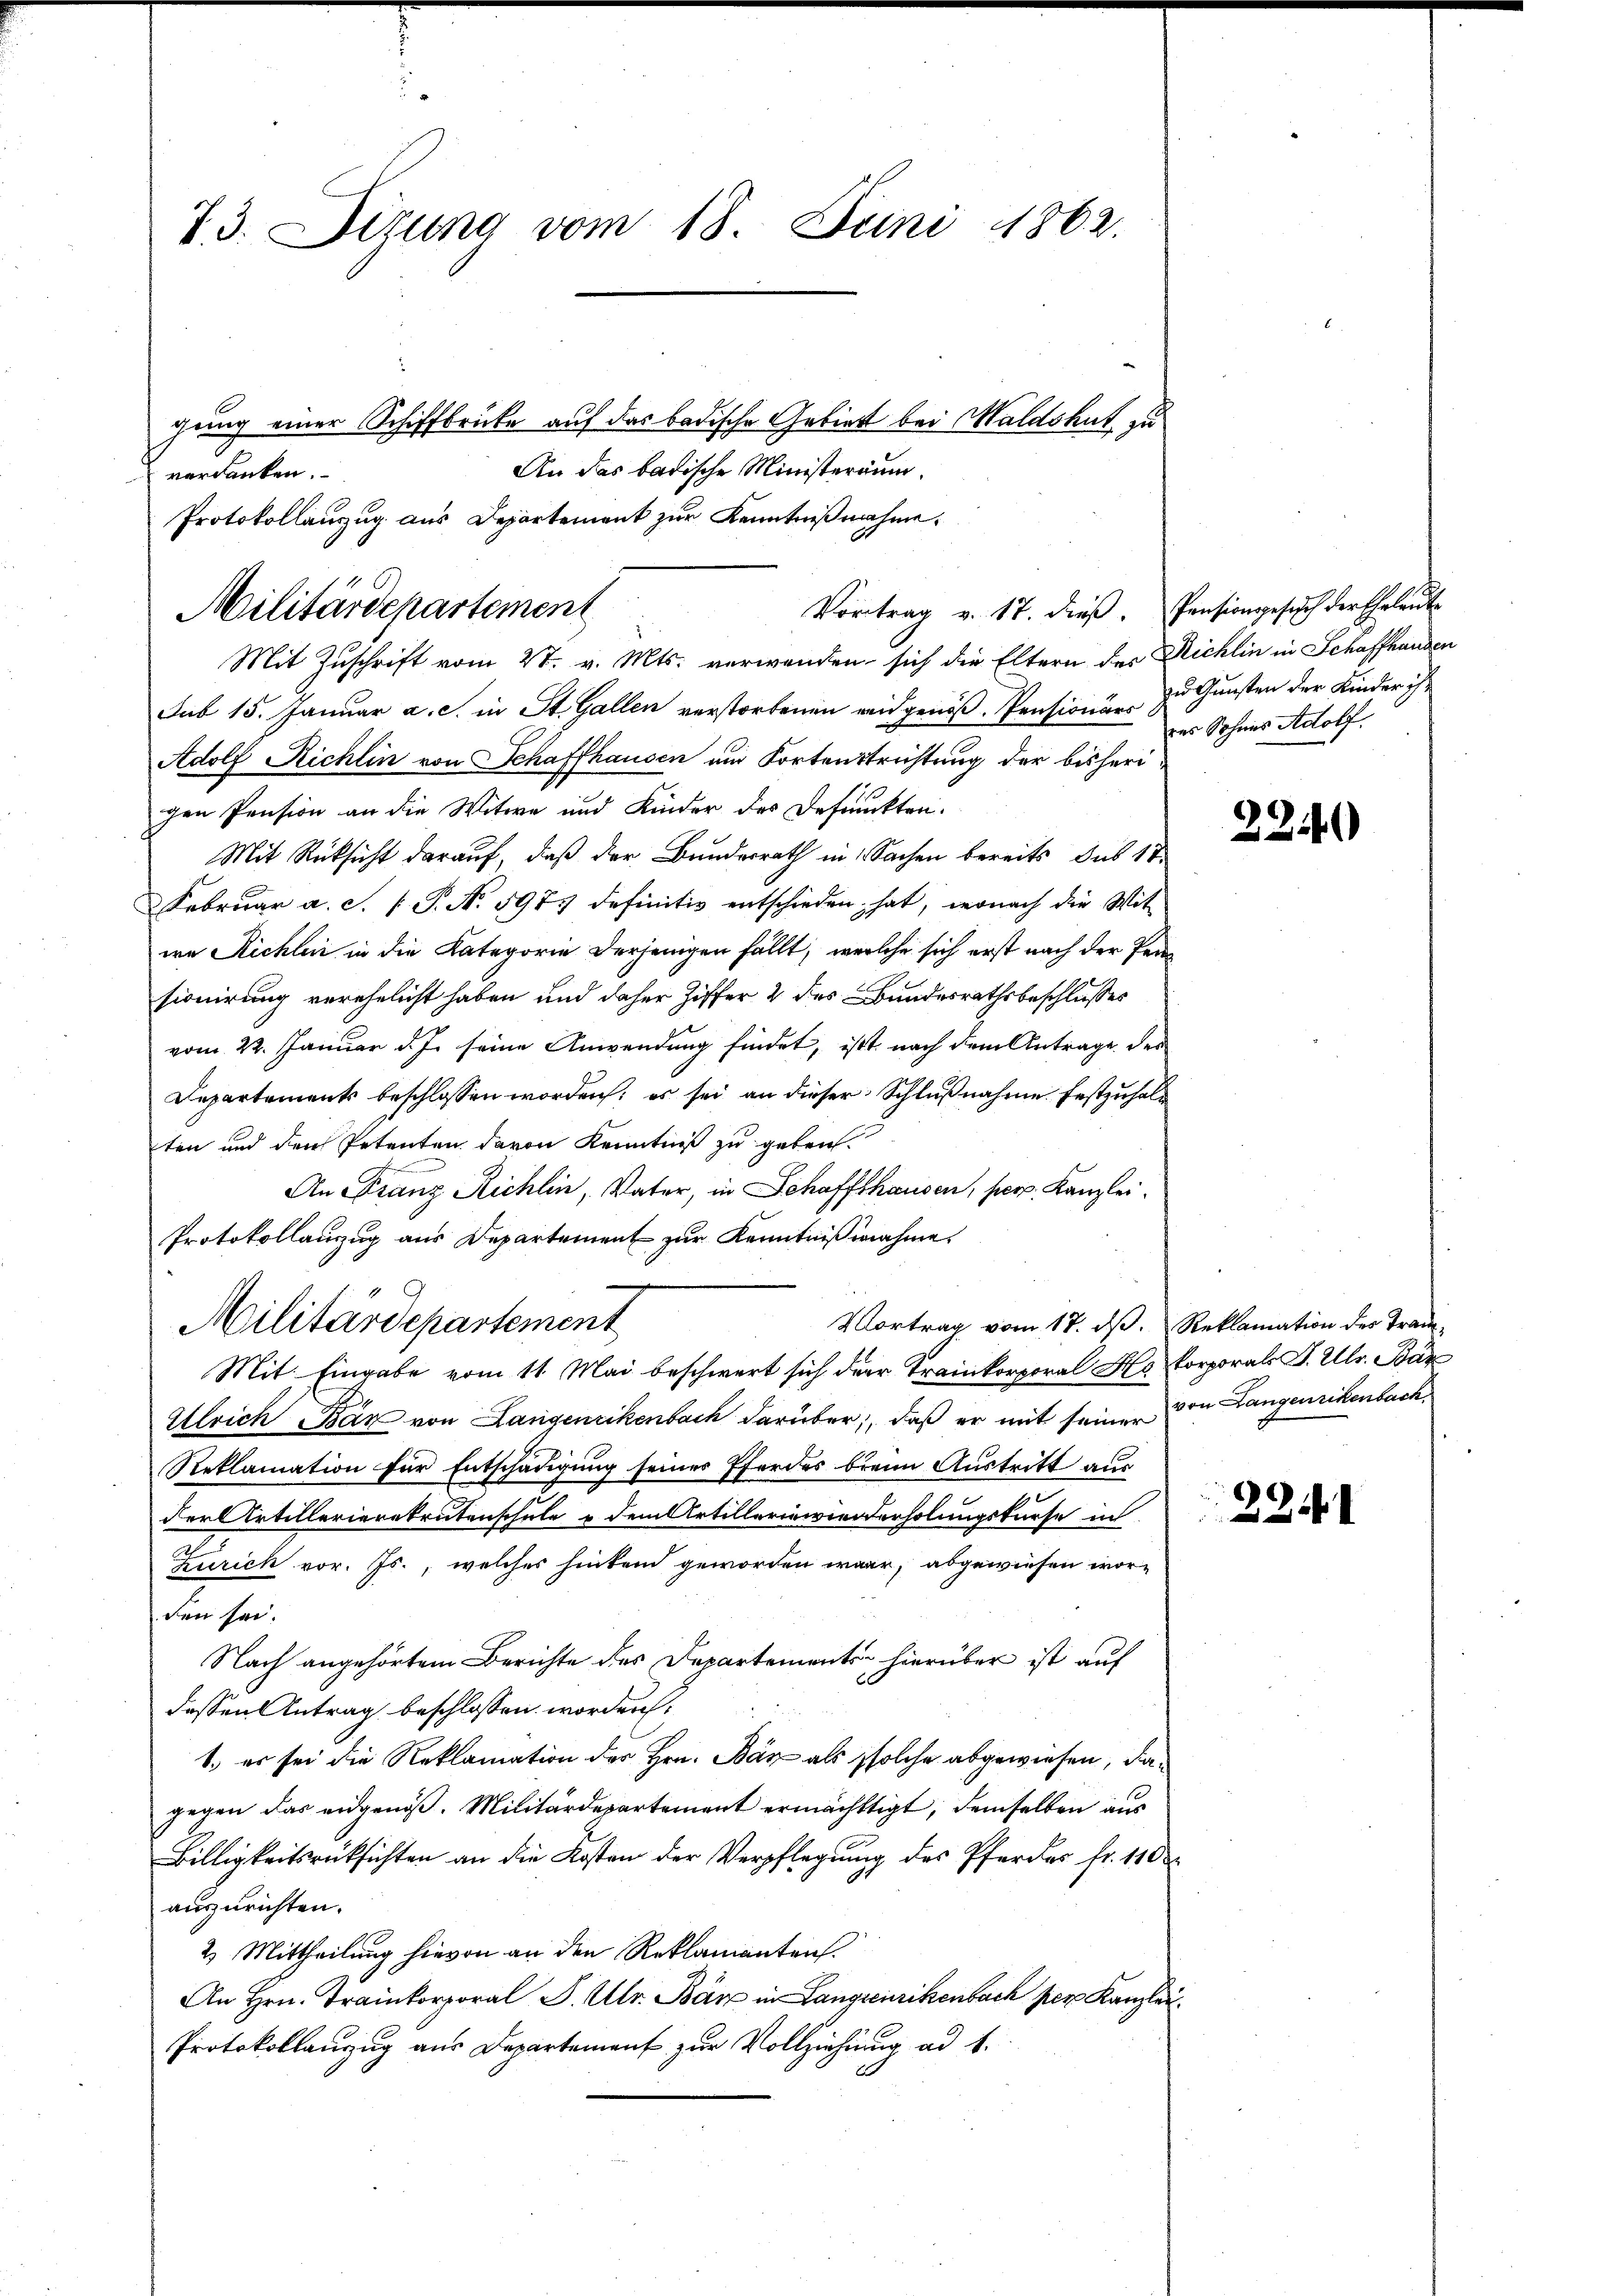
T. 3. Sizung vom 18. Juni 1862.

Vortrag v. 17. dieβ. Pensionsgesŭch der Eheleut-
Militärdepartement

gung einer Schiffbrücke auf das badische Gebiert bei Waldshut, zu
An das badische Ministeraum.
verdanken.
Protokollanzug aus Departement zur Kenntnißnahme,
Mit Zuschrift vom 27. v. Mts. verwenden sich die Eltern der Richlin in Schaffhanden
Sub 15. Januar a. c. in St. Gallen verstorbenen weidgenöß. Pensionärs
Adolf Richlin von Schaffhausen um Fortenstrichtung der bisherigen Pension an die Witwe und Kinder des Befunckten.
Mit Rücksicht darauf, daß der Bunderrath in Sachen bereits das 17
Februar a. c. (T. No. 597 definitiv entschieden hat, wonach die Witwe Richten in die Kategorie derjenigen fällt, welche sich erst nach der Persionirung verehelicht haben und daher Ziffer 2 des Bundesrathsbeschlusses
vom 22. Januar d. J. seine Anwendung findet, ist nach dem Antrage des
Departements beschlossen worden; es sei an dieser Schlußnahme festzuhalten und den Petenten davon Kenntniß zu geben.
An Franz Richlin, Vater, in Schaffthausen, perp. Kanzlei
Protokollauszug aus Departement zur Kenntnißnahme
Vortrag vom 17. dβ. Reklamation der Tradi-
Militärdepartement
Mit Eingabe vom 11. Mai beschwert sich der Trinkorporal H. Porporats J. Ulr. Bär
Ulrich Bär von Langenzikenbach darüber, daß er mit seiner von Langenrikenbach
Reklamation für Entschädigung seiner Eferdes breim Austritt aus
der Artillerierekrutenschule u dem Artillerinwiederholungskurse in
Zürich vor. Js., welches hinten geworden war, abgewiesen worden sei.
Nach angehörtem Berichte des Departementen hierüber ist auf
dessen Antrag beschlossen worden:
1. es sei die Reklamation des Hrn. Bär als solche abgewiesen, dagegen das eidgenöß. Militärdepartement ermächtigt, demselben aus
Billigkeitsrücksichten an die Kosten der Verpflegung des Pferdes fr. 110
auszurichten.
2. Mittheilung hievon an den Reklamanten.
An Hrn. Trikorporal S. Ulr. Bär in Langrenzikenbach per Kanzlei
Protokollanzug aus Departement zur Vollziehung ad 1.

zu Gunsten der Kinder ihr
des Sohnes Adolf.

22146)

224